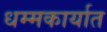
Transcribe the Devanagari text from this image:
धम्मकार्यात